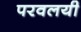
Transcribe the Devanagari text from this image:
परवलयी